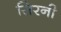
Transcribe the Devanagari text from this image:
सिरनी